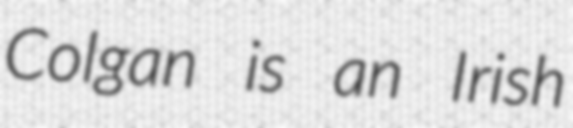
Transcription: Colgan is an Irish